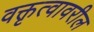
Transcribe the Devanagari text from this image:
वक्तृत्वावरील